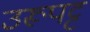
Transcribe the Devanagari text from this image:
उरूपट्ट